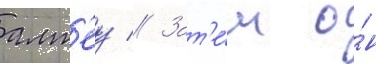
алт'еу // Зат'е́м о́н